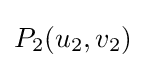
P_{2}(u_{2},v_{2})